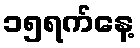
၁၅ရက်နေ့